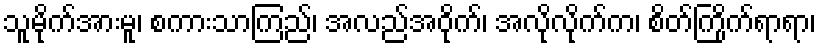
သူမို်က်အားမူ၊ စကားသာကြည်၊ အလည်အဝိုက်၊ အလိုလိုက်က၊ စိတ်ကြိုက်ရာရာ၊